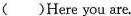
( )Here you are.